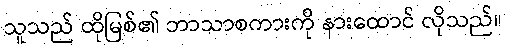
သူသည် ထိုမြစ်၏ ဘာသာစကားကို နားထောင် လိုသည်။